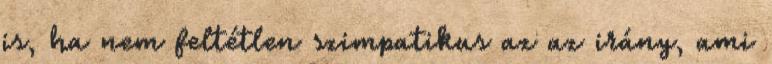
is, ha nem feltétlen szimpatikus az az irány, ami